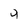
Character: 4